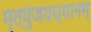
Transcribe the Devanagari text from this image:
मृत्युंजयध्यानम्‌